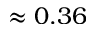
\approx 0 . 3 6